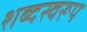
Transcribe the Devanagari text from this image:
शब्दस्वरूप